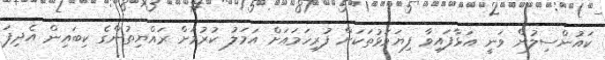
ކައުންސިލުން ވަނީ އަޅާފައިވާ ފިޔަވަޅުތަކަށް ފުރިހަމައަށް އަމަލު ކުރުމަށް ރައްޔިތުންގެ ކިބައިން އެދިފަ